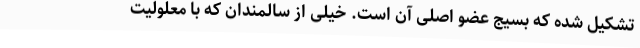
تشکیل شده که بسیج عضو اصلی آن است. خیلی از سالمندان که با معلولیت